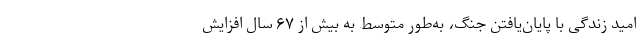
امید زندگی با پایان‌یافتن جنگ، به‌طور متوسط به بیش از ۶۷ سال افزایش